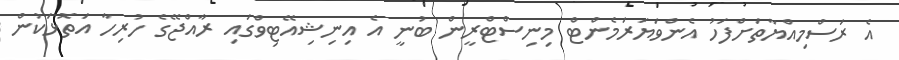
އެ ރަސްމިއްޔާތަށްފަހު އެންވަޔަރަމެންޓް މިނިސްޓްރީން ބުނީ އެ އިނިޝިއޭޓިވްގައި ރާއްޖޭގެ ހުރިހާ އަތޮޅަކުން